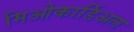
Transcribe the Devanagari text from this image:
मिओकार्डिअल